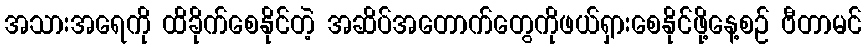
အသားအရေကို ထိခိုက်စေနိုင်တဲ့ အဆိပ်အတောက်တွေကိုဖယ်ရှားစေနိုင်ဖို့နေ့စဉ် ဗီတာမင်